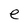
Character: e